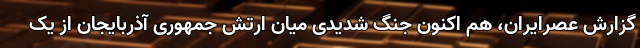
گزارش عصرایران، هم اکنون جنگ شدیدی میان ارتش جمهوری آذربایجان از یک